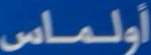
أولماس